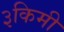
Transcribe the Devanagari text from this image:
३किमी